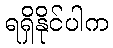
ရရှိနိုင်ပါက